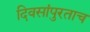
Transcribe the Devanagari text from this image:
दिवसांपुरताच